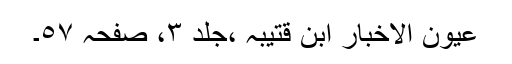
عیون الاخبار ابن قتیبہ ،جلد ٣، صفحہ ٥٧۔